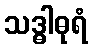
သဒ္ဓါဓုရံ